Mental hospitals Bombay report 1921-28 - 1921-1928
Year: 1921
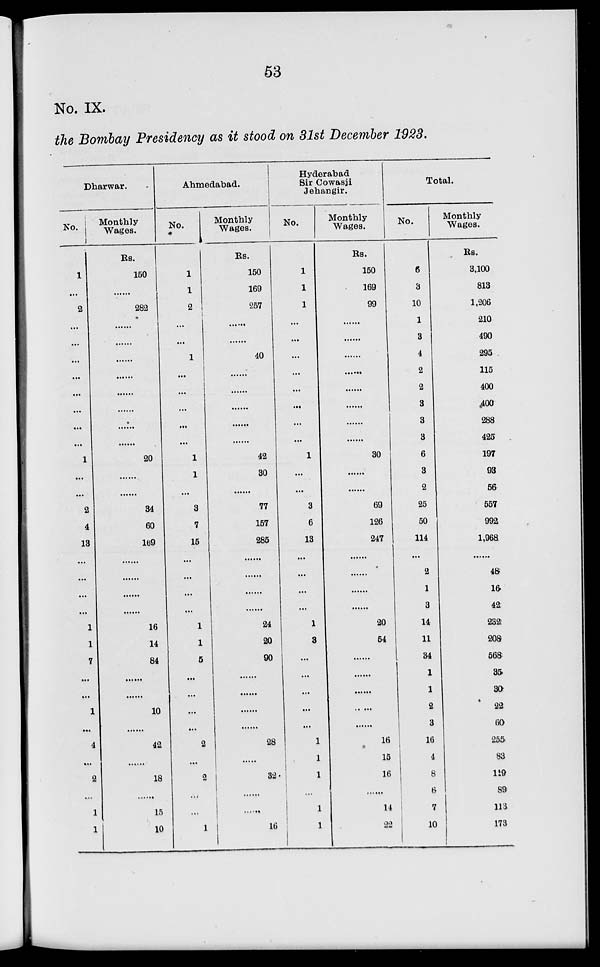
53
No. IX.
the Bombay Presidency as it stood on 31st December 1923.
Dharwar.
No.
1
...
2
...
...
...
...
...
...
...
...
1
...
...
2
4
13
...
...
...
...
1
1
7
...
...
1
...
4
...
2
...
1
1
Monthly
Wages.
Rs.
150
......
282
......
......
......
......
......
......
......
......
20
......
......
34
60
169
......
......
......
......
16
14
84
......
......
10
......
42
......
18
......
15
10
Ahmedabad.
No.
1
1
2
...
...
1
...
...
...
...
...
1
1
...
3
7
15
...
...
...
...
1
1
5
...
...
...
...
2
...
2
...
...
1
Monthly
Wages.
Rs.
150
169
257
......
......
40
......
......
......
......
......
42
30
......
77
157
285
......
......
......
......
24
20
90
......
......
......
......
28
......
32
......
......
16
Hyderabad
Sir Cowasji
Jehangir.
No.
1
1
1
...
...
...
...
...
...
...
...
1
...
...
3
6
13
...
...
...
...
1
3
...
...
...
...
...
1
1
1
...
1
1
Monthly
Wages.
Rs.
150
169
99
......
......
......
......
......
......
......
......
30
......
......
69
126
247
......
......
......
......
20
54
......
......
......
......
16
15
16
......
14
22
Total.
No.
6
8
10
1
3
4
2
2
3
3
3
6
3
2
25
50
114
...
2
1
3
14
11
34
1
1
2
3
16
4
8
6
7
10
Monthly
Wages.
Rs.
3,100
813
1,206
210
490
295
115
400
400
288
425
197
93
56
557
992
1,968
......
48
16
42
232
208
568
35
30
22
60
255
83
119
89
113
173